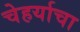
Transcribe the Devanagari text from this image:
चेहर्याचा